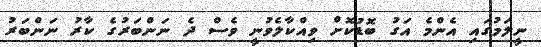
ނީލަމުގައި އެންމެ އަގު ބޮޑުކޮށް ވިއްކާލެވުނީ ވެސް ދެ ނަންބަރުގެ ކާރު ނަންބަރު